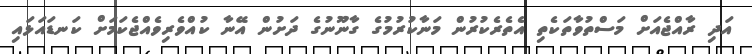
އަދި ރާއްޖެއަށް މަސްތުވާތަކެތި އެތެރެކުރުން މަނާކުރުމުގެ ގާނޫނުގެ ދަށުން އޭނާ ކުއްވެރިވެއްޖެކަމަށް ކަނޑައަޅައި